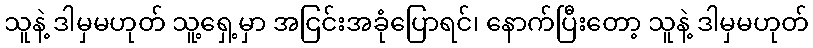
သူနဲ့ ဒါမှမဟုတ် သူ့ရှေ့မှာ အငြင်းအခုံပြောရင်၊ နောက်ပြီးတော့ သူနဲ့ ဒါမှမဟုတ်